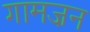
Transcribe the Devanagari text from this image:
गामज़न